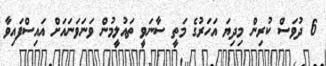
6 ދުވަސް ކުރިން މިދިޔަ އަހަރުގެ މަތީ ސާނަވީ ތައުލީމުން ވަނަވަނައަށް އައިސްފައިވާ